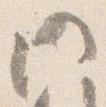
門